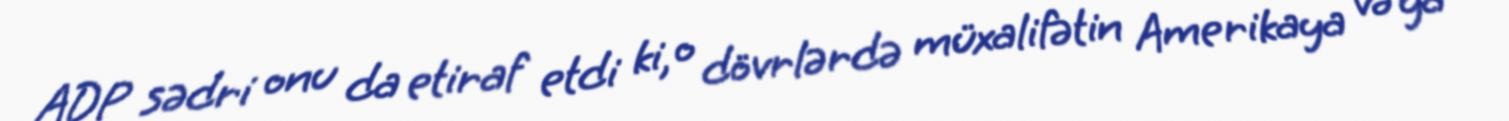
ADP sədri onu da etiraf etdi ki, o dövrlərdə müxalifətin Amerikaya və ya